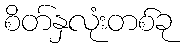
စိတ်နှလုံးတစ်ခု